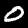
Digit: 0